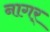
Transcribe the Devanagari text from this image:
नागर्